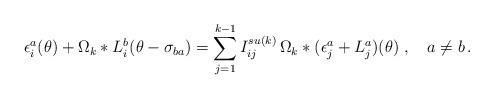
LaTeX: \begin{align*}\epsilon _{i}^{a}(\theta )+\Omega _{k}\ast L_{i}^{b}(\theta -\sigma_{ba})=\sum_{j=1}^{k-1}I_{ij}^{su(k)}\,\Omega _{k}\ast (\epsilon_{j}^{a}+L_{j}^{a})(\theta )\;,\quad a\neq b\,. \end{align*}